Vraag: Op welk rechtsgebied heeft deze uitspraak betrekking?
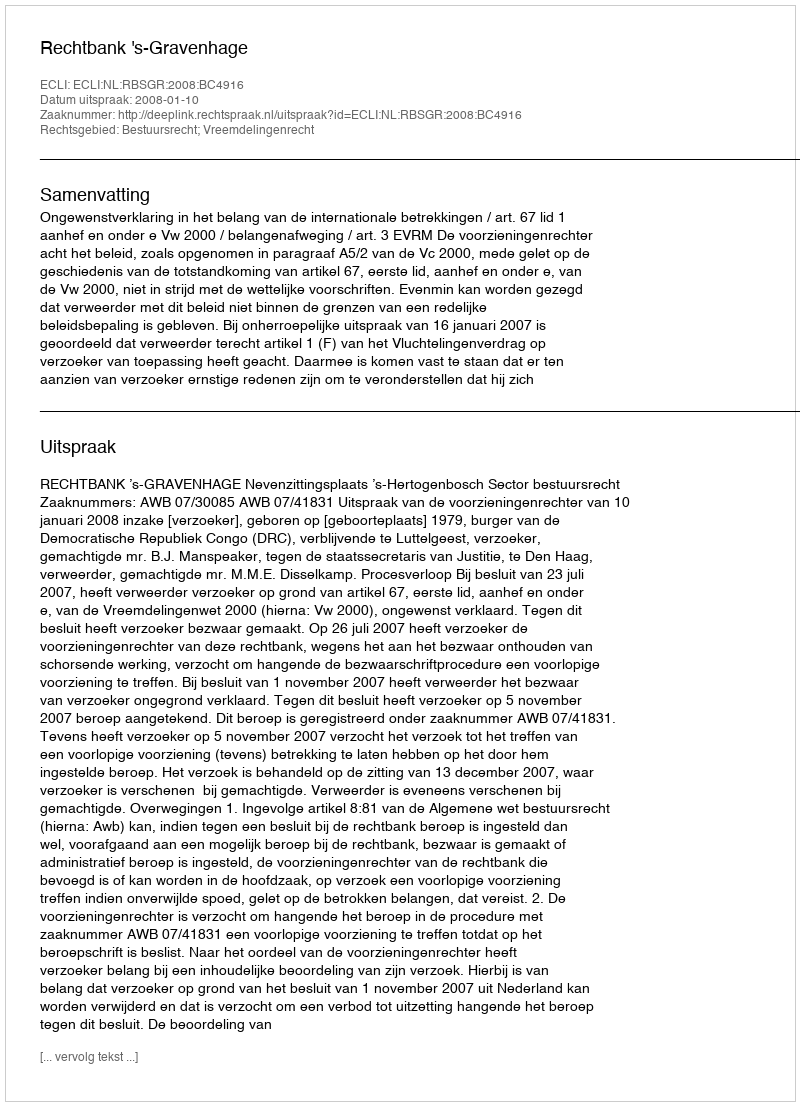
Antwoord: Bestuursrecht; Vreemdelingenrecht